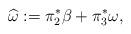
LaTeX: \begin{align*}\widehat{\omega}:=\pi_2^\ast\beta+\pi_3^\ast\omega,\end{align*}